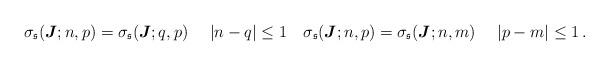
LaTeX: \begin{align*}\sigma_\mathfrak{s}(\boldsymbol{J};n,p)=\sigma_\mathfrak{s}(\boldsymbol{J};q,p) \quad\ |n-q|\leq 1 \quad\sigma_\mathfrak{s}(\boldsymbol{J};n,p)=\sigma_\mathfrak{s}(\boldsymbol{J};n,m) \quad\ |p-m|\leq 1\,.\end{align*}